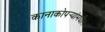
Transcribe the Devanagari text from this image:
कानाकोपर्‍यांमधील